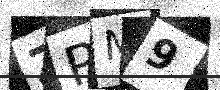
Text: ZPM9